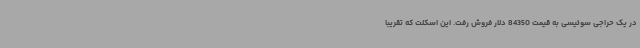
در یک حراجی سوئیسی به قیمت 84350 دلار فروش رفت. این اسکلت که تقریبا